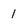
Character: I